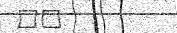
٦١